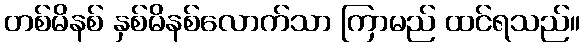
တစ်မိနစ် နှစ်မိနစ်လောက်သာ ကြာမည် ထင်ရသည်။